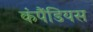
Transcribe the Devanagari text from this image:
कंपैंडियस